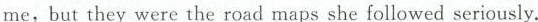
me,but they were the road maps she followed seriously.